Lunatic asylums Bombay report 1891-1903 - 1891-1903
Year: 1891
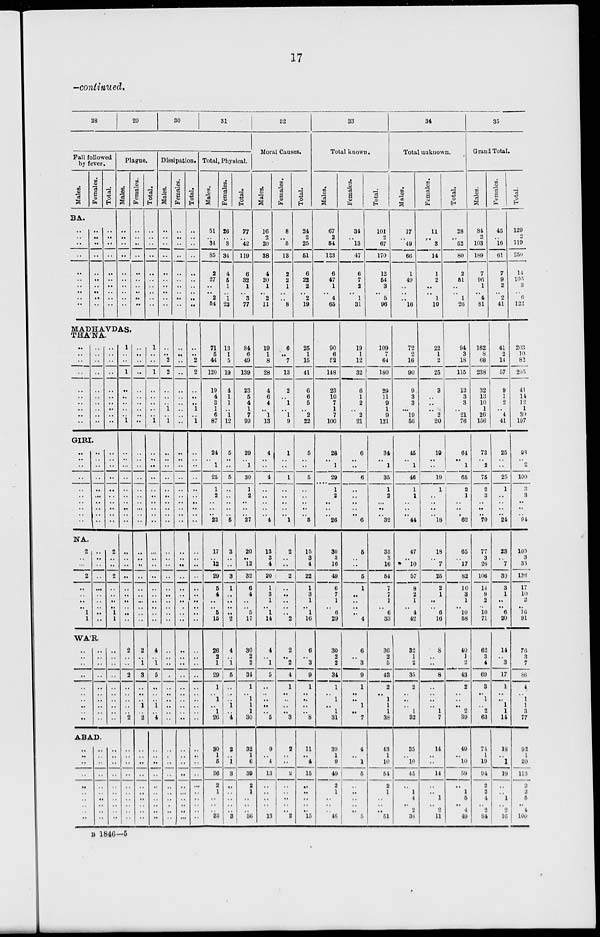
17
—continued.
28
29
30
31
Fall followed
by fever.
Males.
BA.
..
..
..
..
..
..
..
..
..
..
Females.
..
..
..
..
..
..
..
..
..
..
Total.
..
..
..
..
..
..
..
..
..
..
Plague.
Males.
..
..
..
..
..
..
..
..
..
..
MADHAVDAS
THA'NA
..
..
..
..
..
..
..
..
..
..
GIRI.
..
.. ..
..
..
..
..
..
..
..
NA.
2
..
..
2
..
..
..
.. 1 1
..
..
..
..
..
..
..
..
..
..
..
.. ..
..
..
..
..
..
..
..
..
..
..
..
..
..
..
..
..
..
..
..
..
..
..
..
..
..
..
..
..
.. ..
..
..
..
..
..
..
..
2
..
..
2
..
..
..
.. 1
1
WA'R.
..
..
..
..
..
.. ..
..
..
..
..
..
..
..
..
..
..
..
..
..
..
..
..
..
..
..
..
..
..
..
ABAD.
..
..
..
..
..
..
..
..
..
..
..
..
..
..
..
..
..
..
..
..
..
..
..
..
..
..
..
..
..
..
1
..
..
1
..
..
..
..
..
1
..
.. ...
..
..
..
..
..
..
..
..
..
..
..
..
..
..
.. ..
..
2
..
..
2
..
..
..
..
..
2
..
..
..
..
..
..
..
..
..
..
Females.
..
..
..
..
..
..
..
..
..
..
..
..
..
..
..
..
..
..
..
..
..
.. ..
..
..
..
..
..
..
..
..
..
..
..
..
..
..
..
..
..
2
.. 1
3
..
..
.. 1
..
2
..
..
..
..
..
..
..
..
..
..
Total.
..
..
..
..
..
..
..
..
..
..
1
..
..
1
..
..
..
..
..
1
..
.. ..
..
..
..
..
..
..
..
..
..
..
..
..
..
..
..
..
..
4
.. 1
5
..
..
.. 1
..
4
..
..
..
..
..
..
..
..
..
..
Dissipation.
Males.
..
..
..
..
..
..
..
..
..
..
..
..
2
2
..
..
..
1
..
1
..
..
..
..
..
..
..
..
..
..
..
..
..
..
..
..
..
..
..
..
..
..
..
..
..
..
..
..
..
..
..
..
..
..
..
..
..
..
..
..
Females.
..
..
..
..
..
..
..
..
..
..
..
..
..
..
..
..
..
..
..
..
..
..
..
..
..
..
..
..
..
..
..
..
..
..
..
..
..
..
..
..
..
..
..
..
..
..
..
..
..
..
..
..
..
..
..
..
..
..
..
..
Total.
..
..
..
..
..
..
..
..
..
..
..
..
2
2
..
..
..
1
..
1
..
..
..
..
..
..
..
..
..
..
..
..
..
..
..
..
..
..
..
..
..
..
..
..
..
..
..
..
..
..
..
..
..
..
..
..
..
..
..
..
Total, Physical.
Males.
51
..
34
85
2
27
..
.. 2
54
71
5
44
120
19
4
3
1
6
87
24
.. 1
25
1
2
..
..
..
22
17
.. 12
29
5
4
..
.. 5
15
26
2
1
29
1
.. 1
..
1
26
30
1
5
36
2
1
..
..
.. 33
Females.
26
..
8
34
4
5
1
.. 1
23
13
1
5
19
4
1
1
..
1
12
5
.. ..
5
..
..
..
..
..
5
3
..
..
3
1
..
..
..
..
2
4
.. 1
5
..
.. ..
1
..
4
2
..
1
3
..
..
..
..
.. 3
Total.
77
..
42
119
6
32
1
.. 3
77
84
6
49
139
23
5
4
1
7
99
29
.. 1
30
1
2
..
..
..
27
20
.. 12
32
6
4
..
5
17
30
2
2
31
1
.. 1
1
1
30
32
1
6
39
2
1
..
..
.. 36
32
Moral Causes.
Males.
16
2
20
38
4
20
1
.. 2
11
19
1
8
28
4
6
4
..
1
13
4
..
..
4
..
..
..
..
.. 4
13
3
4
20
1
3
1
.. 1
14
4
.. 1
5
..
..
..
..
..
5
9
..
4
13
..
..
..
..
.. 13
Females.
8
..
5
13
2
2
1
..
.. 8
6
..
7
13
2
..
1
..
1
9
1
..
..
1
..
..
..
..
.. 1
2
..
..
2
..
..
..
..
..
2
2
.. 2
4
1
..
..
..
..
3
2
..
..
2
..
..
..
..
.. 2
Total.
24
2
25
51
6
22
2
.. 2
19
25
1
15
41
6
6
5
..
2
22
5
..
..
5
..
..
..
..
.. 5
15
3
4
22
1
3
1
.. ..
16
6
.. 3
9
1
..
..
..
..
8
11
..
4
15
..
..
..
..
..
15
33
Total known.
Males.
67
2
54
123
6
47
1
..
4
65
90
6
52
148
23
10
7
1
7
100
28
.. 1
29
1
2
..
..
.. 26
30
3
16
49
6
7
1
..
6
29
30
2
2
34
1
..
1
..
1
31
39
1
9
49
2
1
..
..
..
46
Females.
34
..
13
47
6
7
2
..
1
31
19
1
12
32
6
1
2
..
2
21
6
..
..
6
..
..
..
..
.. 6
5
..
..
5
1
..
..
..
..
4
6
..
3
9
1
..
..
1
..
7
4
..
1
5
..
..
..
..
..
5
Total.
101
2
67
170
12
54
3
..
5
96
109
7
64
180
29
11
9
1
9
121
34
.. 1
35
1
2
...
..
.. 32
35
3
16
54
7
7
1
.. 6
33
36
2
5
43
2
.. 1
1
1
38
43
1
10
54
2
1
..
..
.. 51
34
Total unknown,
Males.
17
..
49
66
1
49
..
..
..
16
72
2
16
90
9
3
3
...
19
56
45
.. 1
46
1
1
..
..
.. 44
47
.. 10
57
8
2
1
.. 4
42
32
1
2
35
2
..
..
..
1
32
35
..
10
45
..
1
4
..
2
38
Females.
11
..
3
14
1
2
..
.. 1
10
22
1
2
25
3
..
..
..
2
20
19
..
..
19
1
..
..
..
.. 18
18
.. 7
25
2
1
..
.. 6
16
8
..
..
8
..
..
..
..
1
7
14
..
..
14
..
..
1
..
2
11
Total.
28
..
52
80
2
51
..
.. 1
26
94
3
18
115
12
3
3
..
21
76
64
.. 1
65
2
1
..
..
.. 62
65
..
17
82
10
3
1
..
10
58
40
1
2
43
2
..
..
..
2
39
49
..
10
59
..
1
5
..
4
49
35
Grand Total.
Males.
84
2
103
189
7
96
1
.. 4
81
162
8
68
238
32
13
10
1
26
156
73
.. 2
75
2
3
..
..
.. 70
77
3
26
106
14
9
2
.. 10 71
62
3
4
69
3
..
1
..
2
63
74
1
19
94
2
2
4
..
2
84
Females.
45
..
16
61
7
9
2
.. 2
41
41
2
14
57
9
1
2
..
4
41
25
..
..
25
1
..
..
..
..
24
23
.. 7
30
3
1
..
..
6
20
14
..
3
17
1
..
.. 1
1
14
18
..
1
19
..
..
1
..
2 16
Total.
129
2
119
250
14
105
3
..
6
122
203
10
82
295
41
14
12
1
30
197
98
..
2
100
3
3
..
..
.. 94
100
3
33
136
17
10
2
16
91
76
3
7
86
4
.. 1
1
3
77
92
1
20
113
2
2
5
..
4
100
B 1846—5